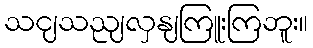
သငျသညျလှနျကြူးကြဘူး။